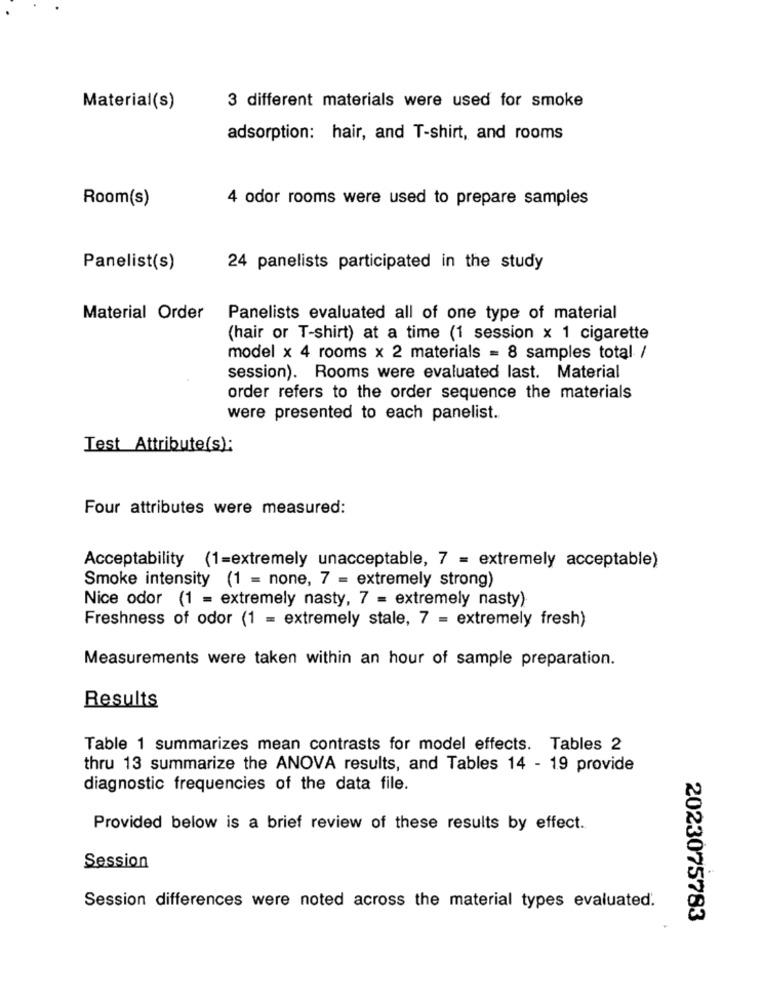
Material(s)
3 different materials were used for smoke
adsorption: hair, and T-shirt, and rooms
Room(s)
4 odor rooms were used to prepare samples
Panelist(s)
24 panelists participated in the study
Material Order
Panelists evaluated all of one type of material
(hair or T-shirt) at a time (1 session x 1 cigarette
model x 4 rooms x 2 materials = 8 samples total /
session). Rooms were evaluated last. Material
order refers to the order sequence the materials
were presented to each panelist.
Test Attribute(s);
Four attributes were measured:
Acceptability (1=extremely unacceptable, 7 = extremely acceptable)
Smoke intensity (1 = none, 7 = extremely strong)
Nice odor (1 = extremely nasty, 7 = extremely nasty).
Freshness of odor (1 = extremely stale, 7 = extremely fresh)
Measurements were taken within an hour of sample preparation.
Results
Table 1 summarizes mean contrasts for model effects. Tables 2
thru 13 summarize the ANOVA results, and Tables 14 - 19 provide
diagnostic frequencies of the data file.
Provided below is a brief review of these results by effect.
Session
Session differences were noted across the material types evaluated.
2023075783